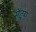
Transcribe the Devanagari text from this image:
सेंट्रम